Bréfritari: Stefanía Siggeirsdóttir
Viðtakandi: Páll Pálsson
Dagsetning: A-1863-09-23
Skrifað á: Breiðabólsstað  Árn. ?
Stefanía var bróðurdóttir Páls Pálssonar

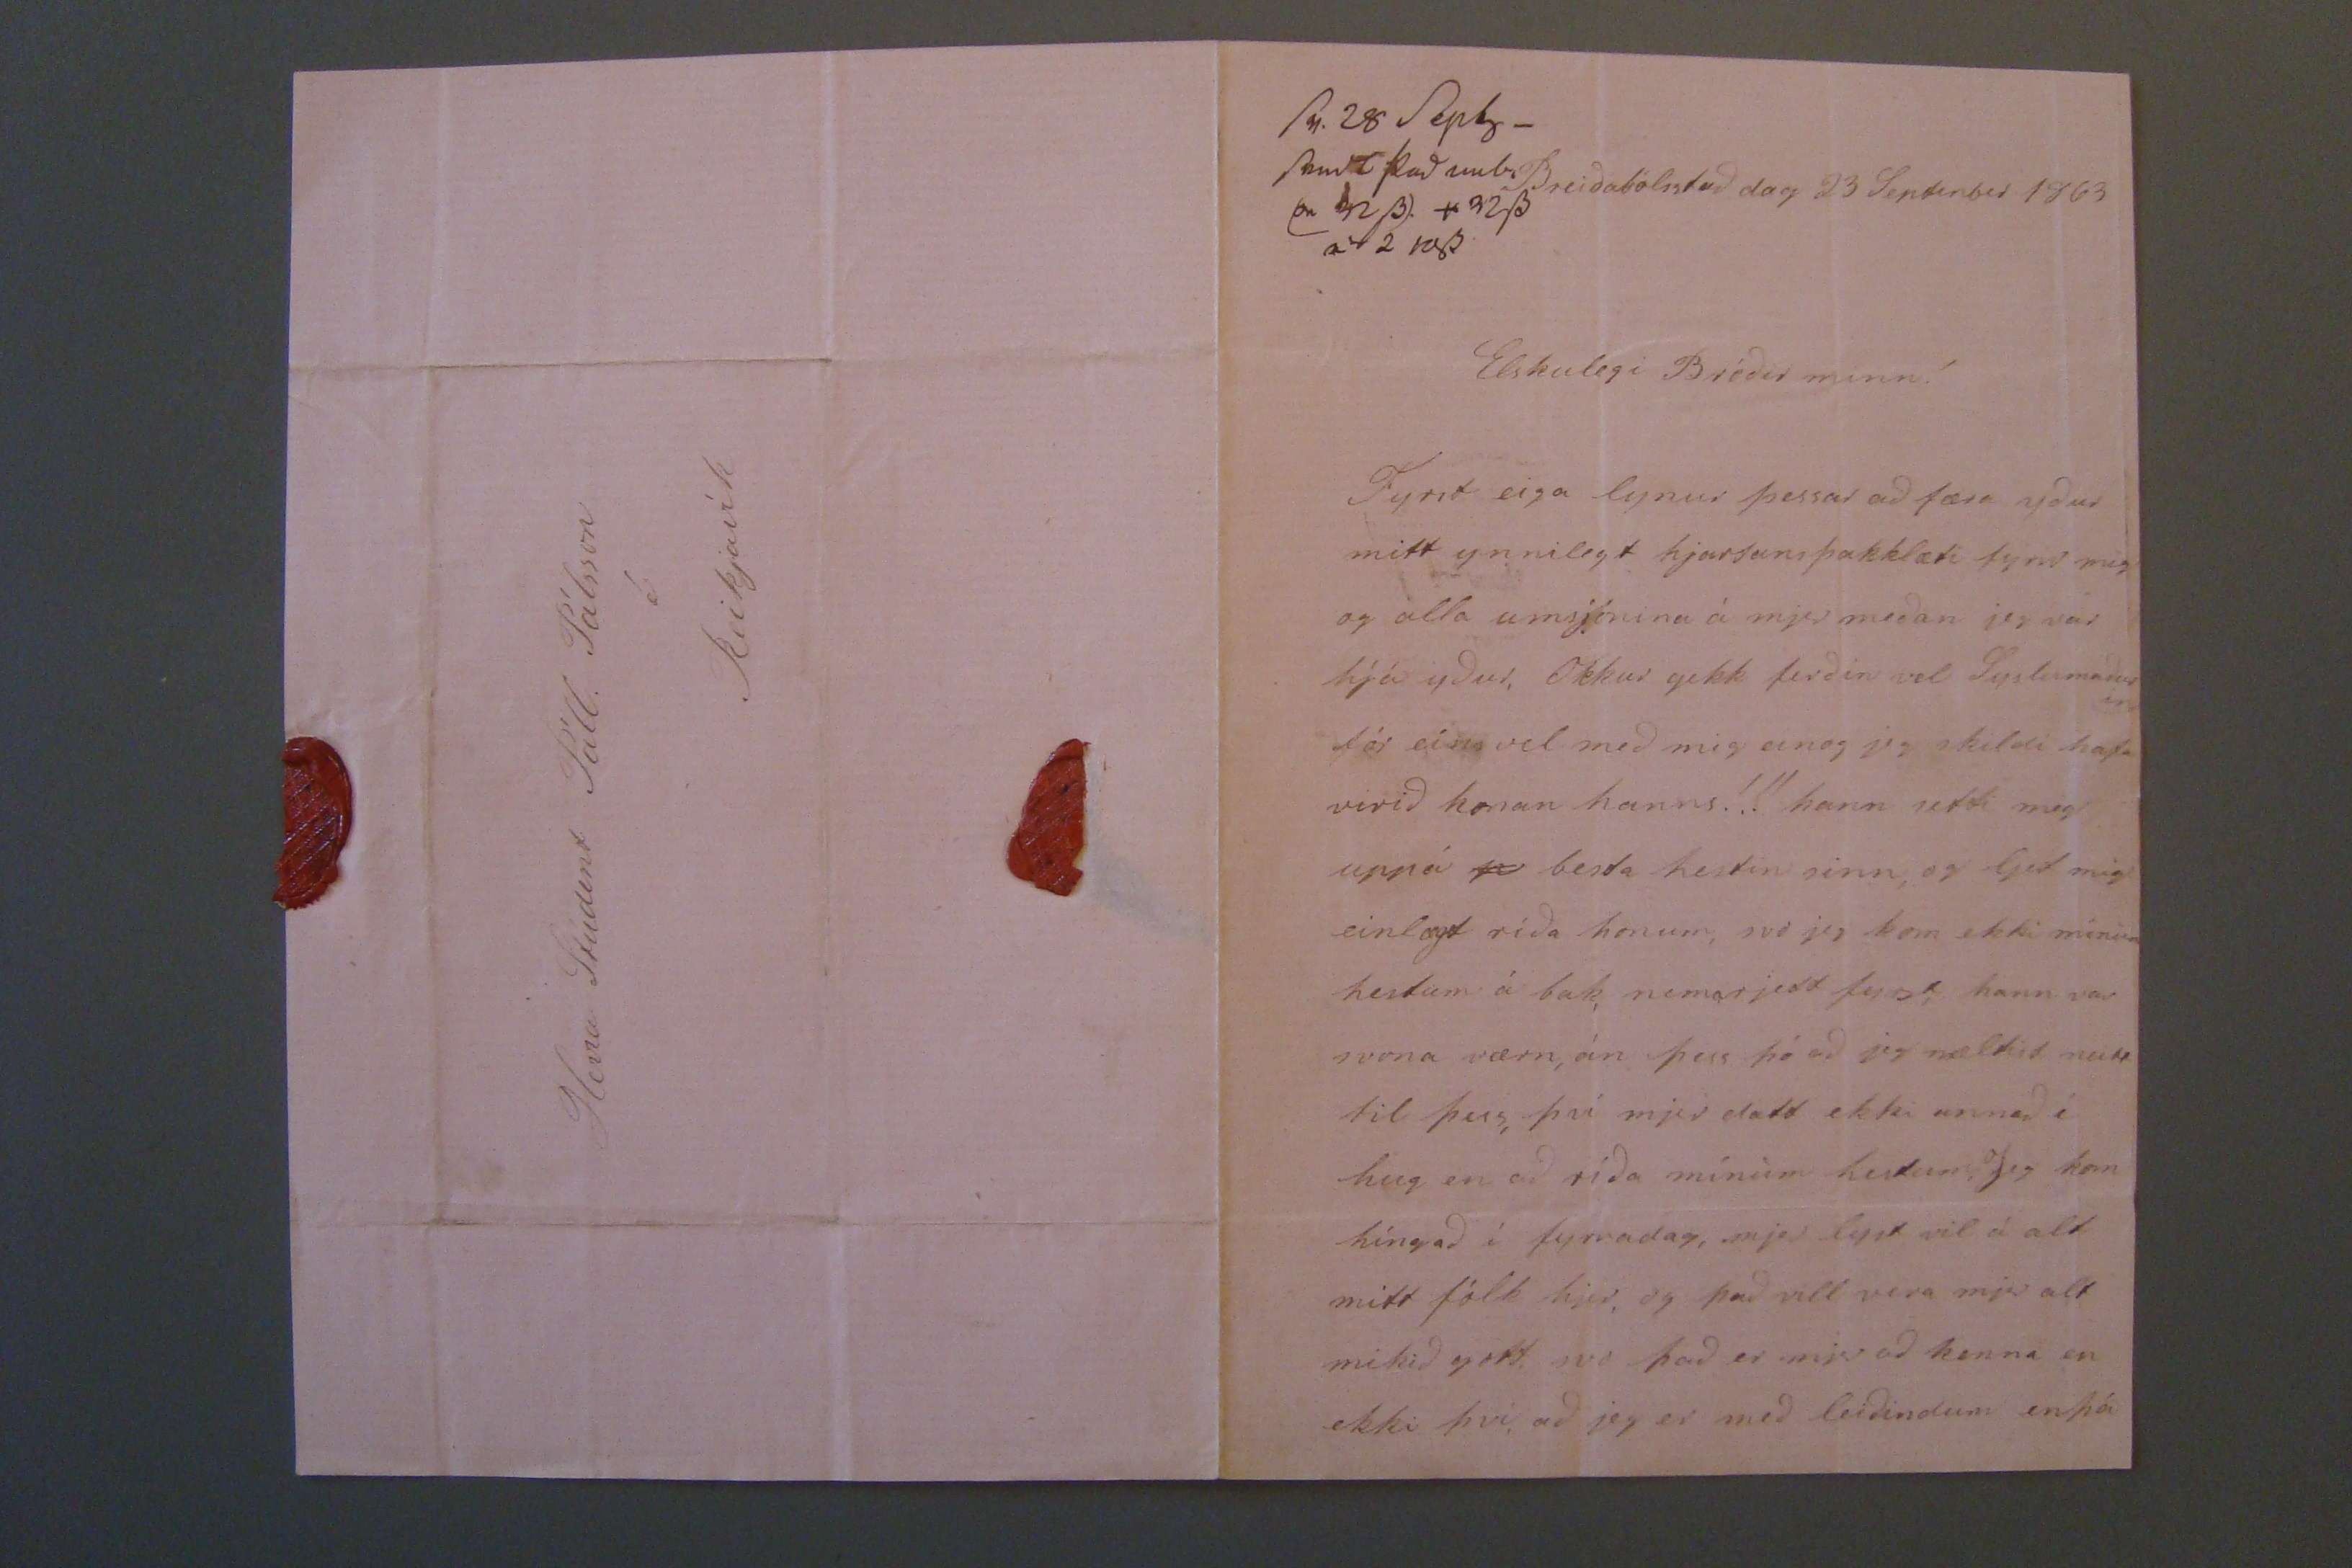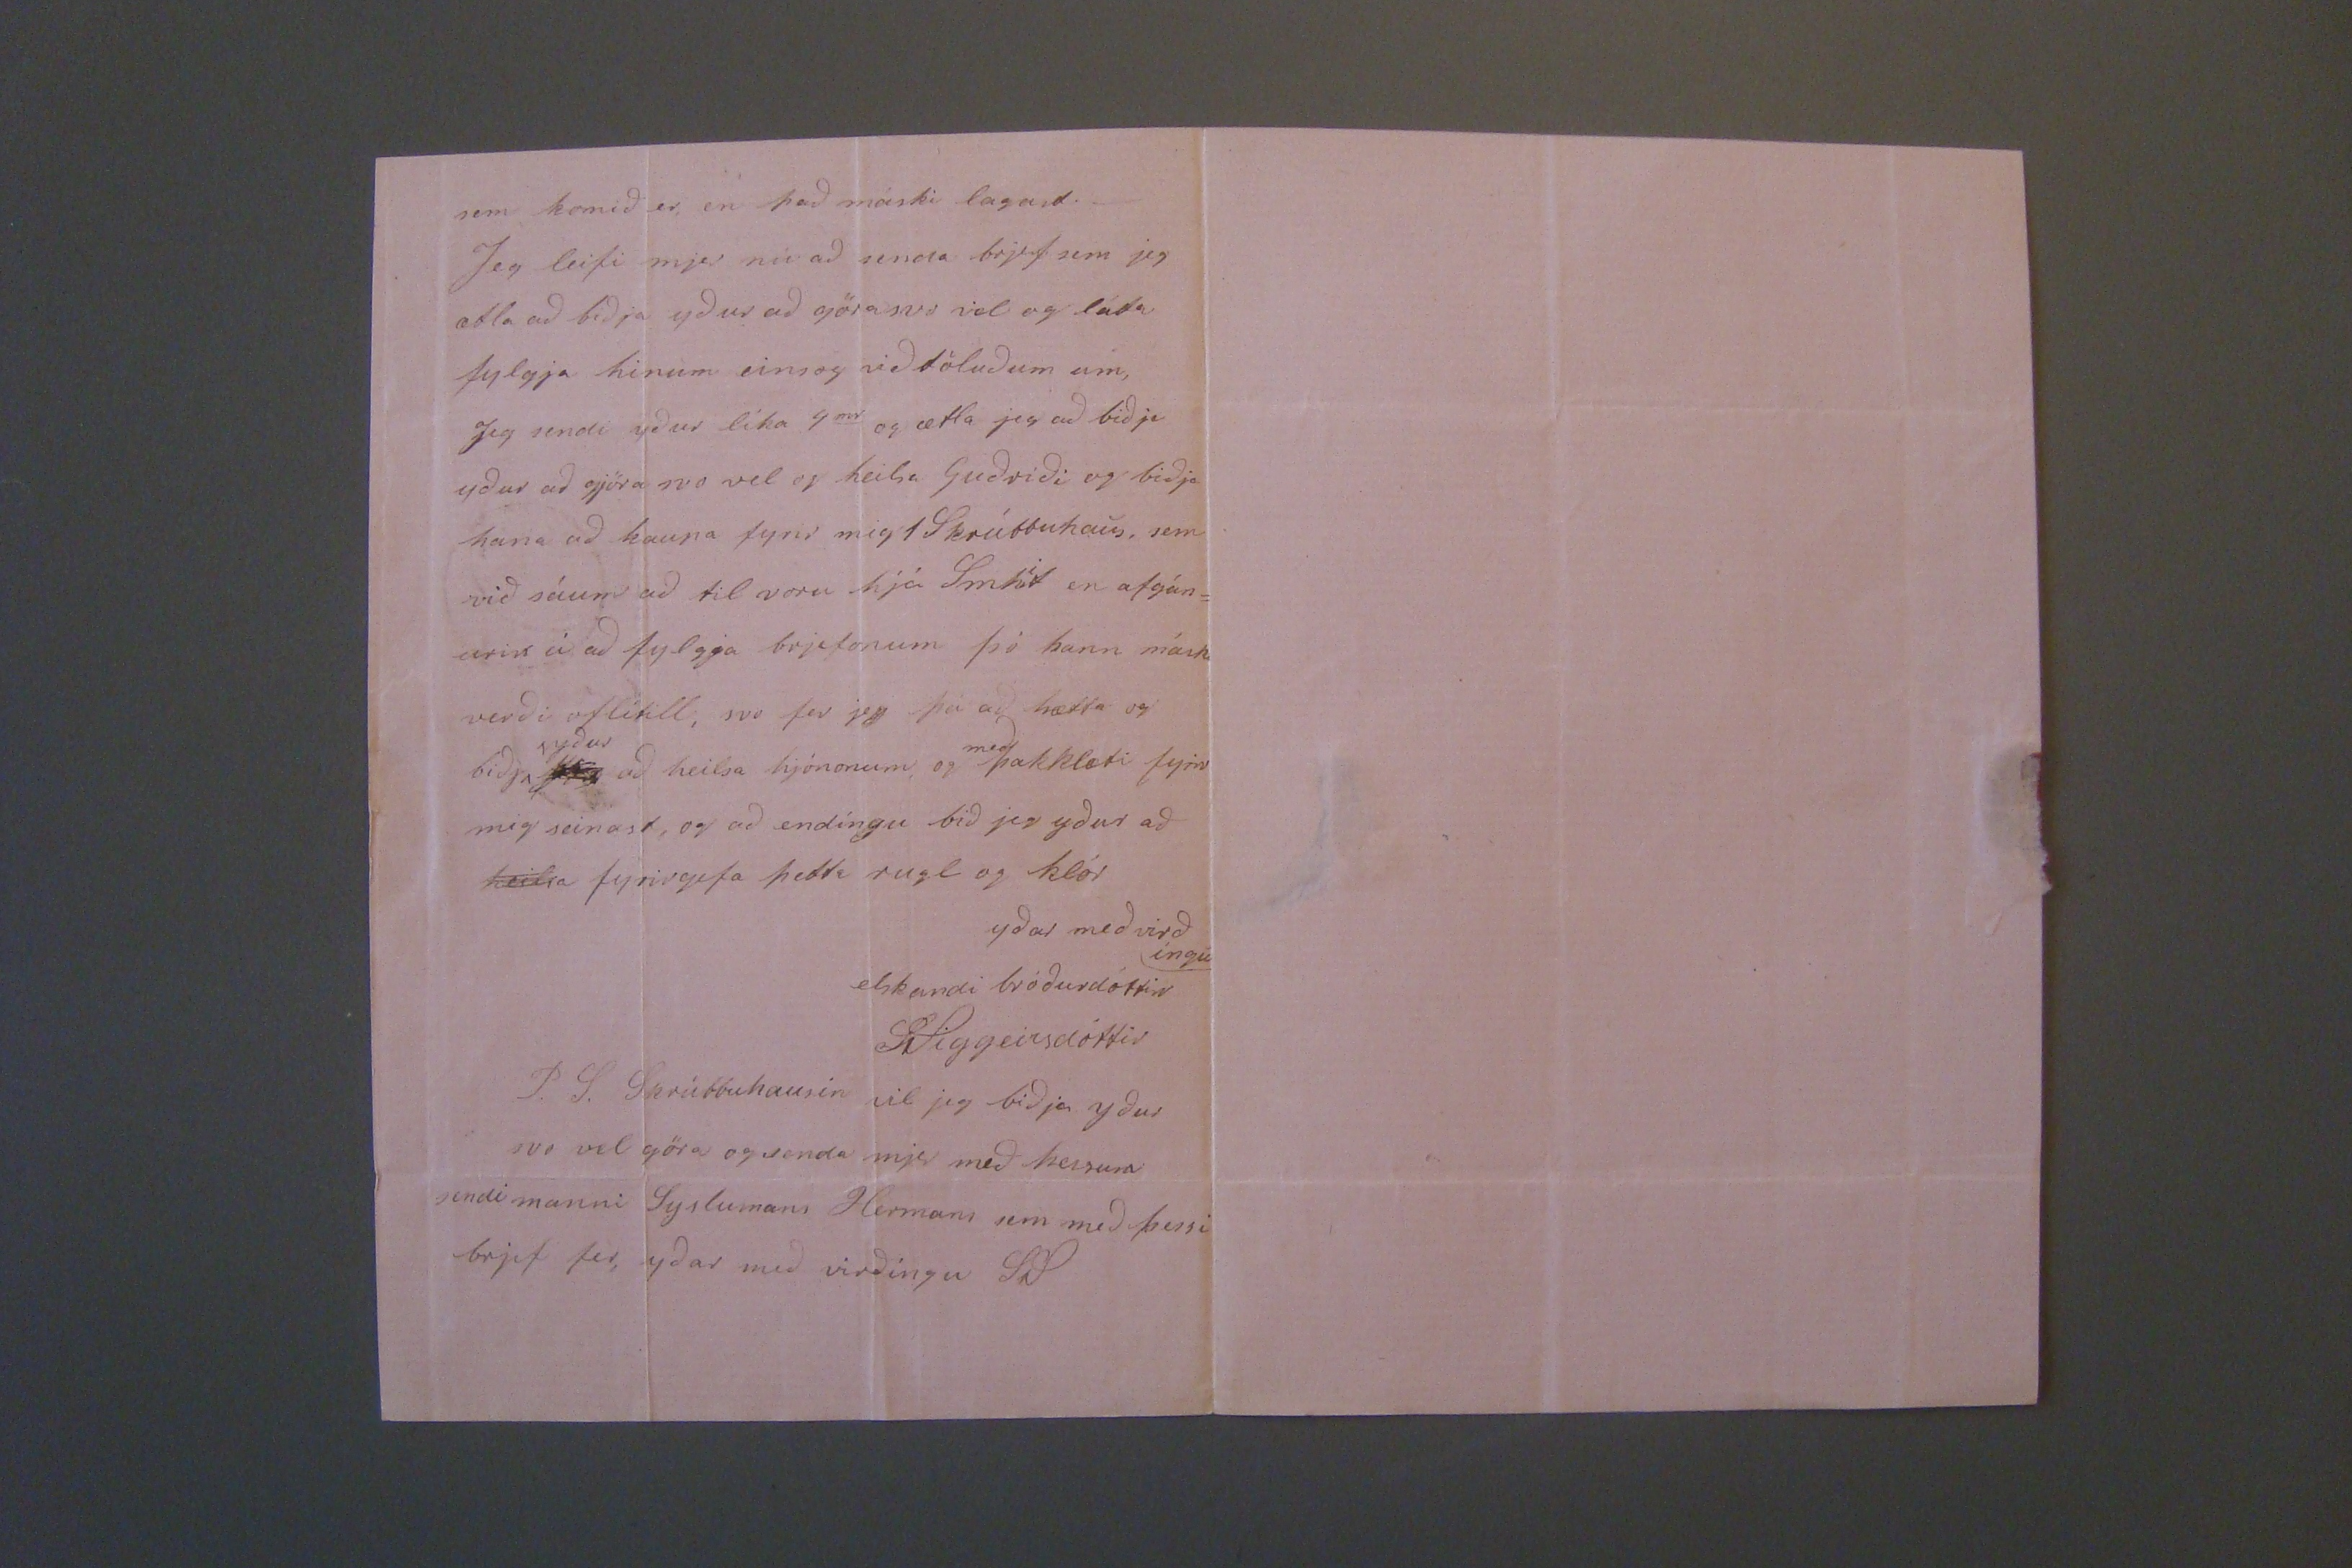

sv. 28 Sepbr_ sent þad
m0b pn 42ss) + 32ss 2 0 2 1ass
Breiðabólsstað dag 23 Septenber 1863
Elskulegi Bróðir minn!
Fyrir eiga lynur þessar að færa yður mitt ynnilegt hjartans þakklæti fyrir mig og alla umsjónina á mjer meðan jeg var hjá yður, Okkur gekk ferðin vel Syslumaðurin fór eins vel með mig einog jeg skildi hafa verið konan hanns!!! hann setti mig uppá
n
besta hestin sinn, og ljet mig einlægt ríða honum, svo jeg kom ekki minum hestum á bak, nema rjett fyrst hann var svona værn, án þess þó að jeg mældist neitt til þess, því mjer datt ekki annað í hug en að ríða mínum
lutum
, Jeg kom híngað í fyrradag, mjer lyst vel á alt mitt fólk hjer, og það vill vera mjer alt mikið gott, svo það er mjer að kenna en ekki þvi, að jeg er með leiðindum enþá
sem komið er en það máski lagast._ Jeg leifi mjer nú að senda brjef sem jeg ætla að biðja yður að göra svo vel og láta fylgja hinum einsog við töluðum um, Jeg sendi yður líka 4
mr
og ætla jeg að biðja yður að gjöra svo vel og heilsa Guðríði og biðja hana að kaupa fyrir mig 1 Skrúbbuhaus, sem við sáum að til voru hjá Sm
hit
en afgán= urin á að fylgja brjefonum þó hann másk verði oflítill, svo fer jeg þá að hætta og biðja
y00
yður
að heilsa hjónonum og
með
þakklæti fyrir mig seinast, og að endíngu bið jeg yður að
heilsa
fyrirgefa þetta rugl og klór
yðar með virðíngu elskandi bróðurdóttir
St Siggeirsdóttir
P.S. Skrúbbuhausin vil jeg biðja yður svo vel göra og senda mjer með þessum sendimanni Syslumans Hermani sem með þessi brjef fer, yðar með virðingu S.S
Herra Stúdent Páll Pálsson í Reikjavík